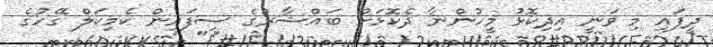
ދީފައި މި ވަނީ އިދިކޮޅު މީހުންނާ ދެކޮޅަށް ބައްޝާރުގެ ސިފައިން ކެމިކަލް ގޭހުގެ